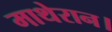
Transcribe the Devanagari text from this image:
माथेरान।